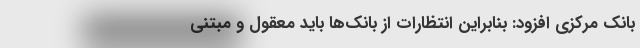
بانک مرکزی افزود: بنابراین انتظارات از بانک‌ها باید معقول و مبتنی